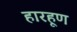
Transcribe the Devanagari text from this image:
हारहूण